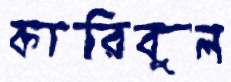
কারিবুল